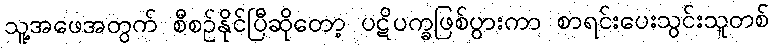
သူ့အဖေအတွက် စီစဉ်နိုင်ပြီဆိုတော့ ပဋိပက္ခဖြစ်ပွားကာ စာရင်းပေးသွင်းသူတစ်